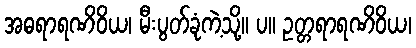
အဓရာရဏိဝိယ၊ မီးပွတ်ခုံကဲ့သို့။ ပ။ ဥတ္တရာရဏိဝိယ၊